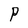
Character: P